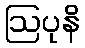
ဩပုနိ